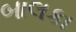
બાલકા